Senior Leaving Certificate, 1939
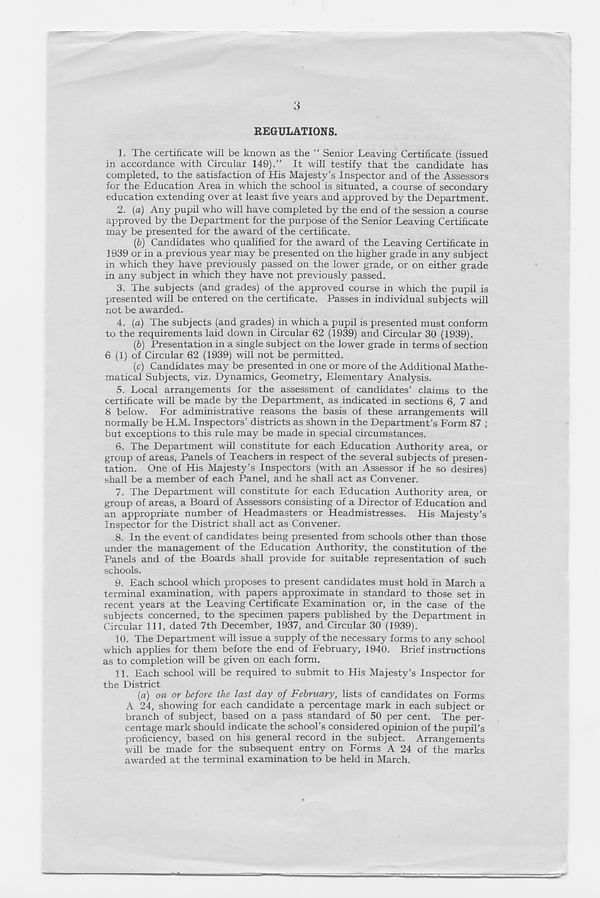
3
REGULATIONS.
1. The certificate will be known as the “ Senior Leaving Certificate (issued
in accordance with Circular 149).” It will testify that the candidate has
completed, to the satisfaction of His Majesty’s Inspector and of the Assessors
for the Education Area in which the school is situated, a course of secondary
education extending over at least five years and approved by the Department.
2. (a) Any pupil who will have completed by the end of the session a course
approved by the Department for the purpose of the Senior Leaving Certificate
may be presented for the award of the certificate.
(&) Candidates who qualified for the award of the Leaving Certificate in
1939 or in a previous year may be presented on the higher grade in any subject
in which they have previously passed on the lower grade, or on either grade
in any subject in which they have not previously passed.
3. The subjects (and grades) of the approved course in which the pupil is
presented will be entered on the certificate. Passes in individual subjects will
not be awarded.
4. {a) The subjects (and grades) in which a pupil is presented must conform
to the requirements laid down in Circular 62 (1939) and Circular 30 (1939).
(5) Presentation in a single subject on the lower grade in terms of section
6 (1) of Circular 62 (1939) will not be permitted.
(c) Candidates may be presented in one or more of the Additional Mathe-
matical Subjects, viz. Dynamics, Geometry, Elementary Analysis.
5. Local arrangements for the assessment of candidates’ claims to the
certificate will be made by the Department, as indicated in sections 6, 7 and
8 below. For administrative reasons the basis of these arrangements will
normally be H.M. Inspectors’ districts as shown in the Department’s Form 87 ;
but exceptions to this rule may be made in special circumstances.
6. The Department will constitute for each Education Authority area, or
group of areas. Panels of Teachers in respect of the several subjects of presen-
tation. One of His Majesty’s Inspectors (with an Assessor if he so desires)
shall be a member of each Panel, and he shall act as Convener.
7. The Department will constitute for each Education Authority area, or
group of areas, a Board of Assessors consisting of a Director of Education and
an appropriate number of Headmasters or Headmistresses. His Majesty’s
Inspector for the District shall act as Convener.
8. In the event of candidates being presented from schools other than those
under the management of the Education Authority, the constitution of the
Panels and of the Boards shall provide for suitable representation of such
schools.
9. Each school which proposes to present candidates must hold in March a
terminal examination, with papers approximate in standard to those set in
recent years at the Leaving Certificate Examination or, in the case of the
subjects concerned, to the specimen papers published by the Department in
Circular 111, dated 7th December, 1937, and Circular 30 (1939).
10. The Department will issue a supply of the necessary forms to any school
which applies for them before the end of February, 1940. Brief instructions
as to completion will be given on each form.
11. Each school will be required to submit to His Majesty’s Inspector for
the District
(a) on or before the last day of February, lists of candidates on Forms
A 24, showing for each candidate a percentage mark in each subject or
branch of subject, based on a pass standard of 50 per cent. The per-
centage mark should indicate the school’s considered opinion of the pupil’s
proficiency, based on his general record in the subject. Arrangements
will be made for the subsequent entry on Forms A 24 of the marks
awarded at the terminal examination to be held in March.